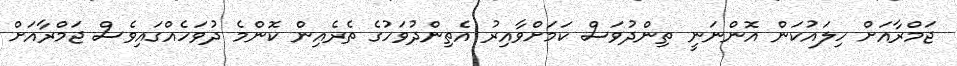
ޖަމްރާއަށް ހިލައުކަން އޮންނަނީ ތިންދުވަސް ކަމަށްވާއިރު އެތިންދުވަހުގެ ތެރެއިން ކޮންމެ ދުވަހެއްގައިވެސް ޖަމްރާއަށް